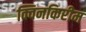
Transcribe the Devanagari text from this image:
क्विनकिरीम